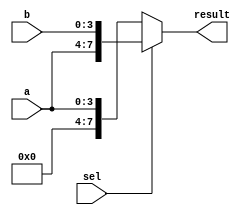
module vector_continuous_assignment (
    input wire [3:0] a,        // 4-bit input signal a
    input wire [3:0] b,        // 4-bit input signal b
    input wire sel,            // Select signal for multiplexing
    output wire [7:0] result   // 8-bit output signal
);

// Continuous assignment to drive the result vector
assign result = (sel) ? {a, b} : {4'b0000, a}; // Concatenate a and b if sel is high, else drive a with leading zeros

endmodule